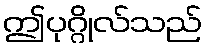
ဤပုဂ္ဂိုလ်သည်